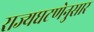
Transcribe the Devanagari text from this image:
राज्यघटणेनुसार